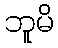
ဘူမိ